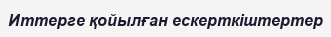
Иттерге қойылған ескерткіштертер